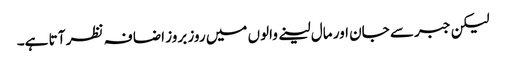
لیکن جبر سے جان اور مال لینے والوں میں روز بروز اضا فہ نظر آ تا ہے۔